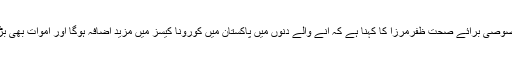
معاون خصوصی برائے صحت ظفرمرزا کا کہنا ہے کہ آنے والے دنوں میں پاکستان میں کورونا کیسز میں مزید اضافہ ہوگا اور اموات بھی بڑھیں گیں۔